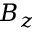
B _ { z }